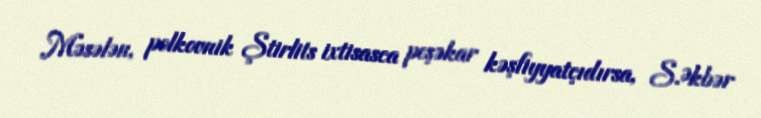
Məsələn, polkovnik Ştirlits ixtisasca peşəkar kəşfiyyatçıdırsa, S.Əkbər